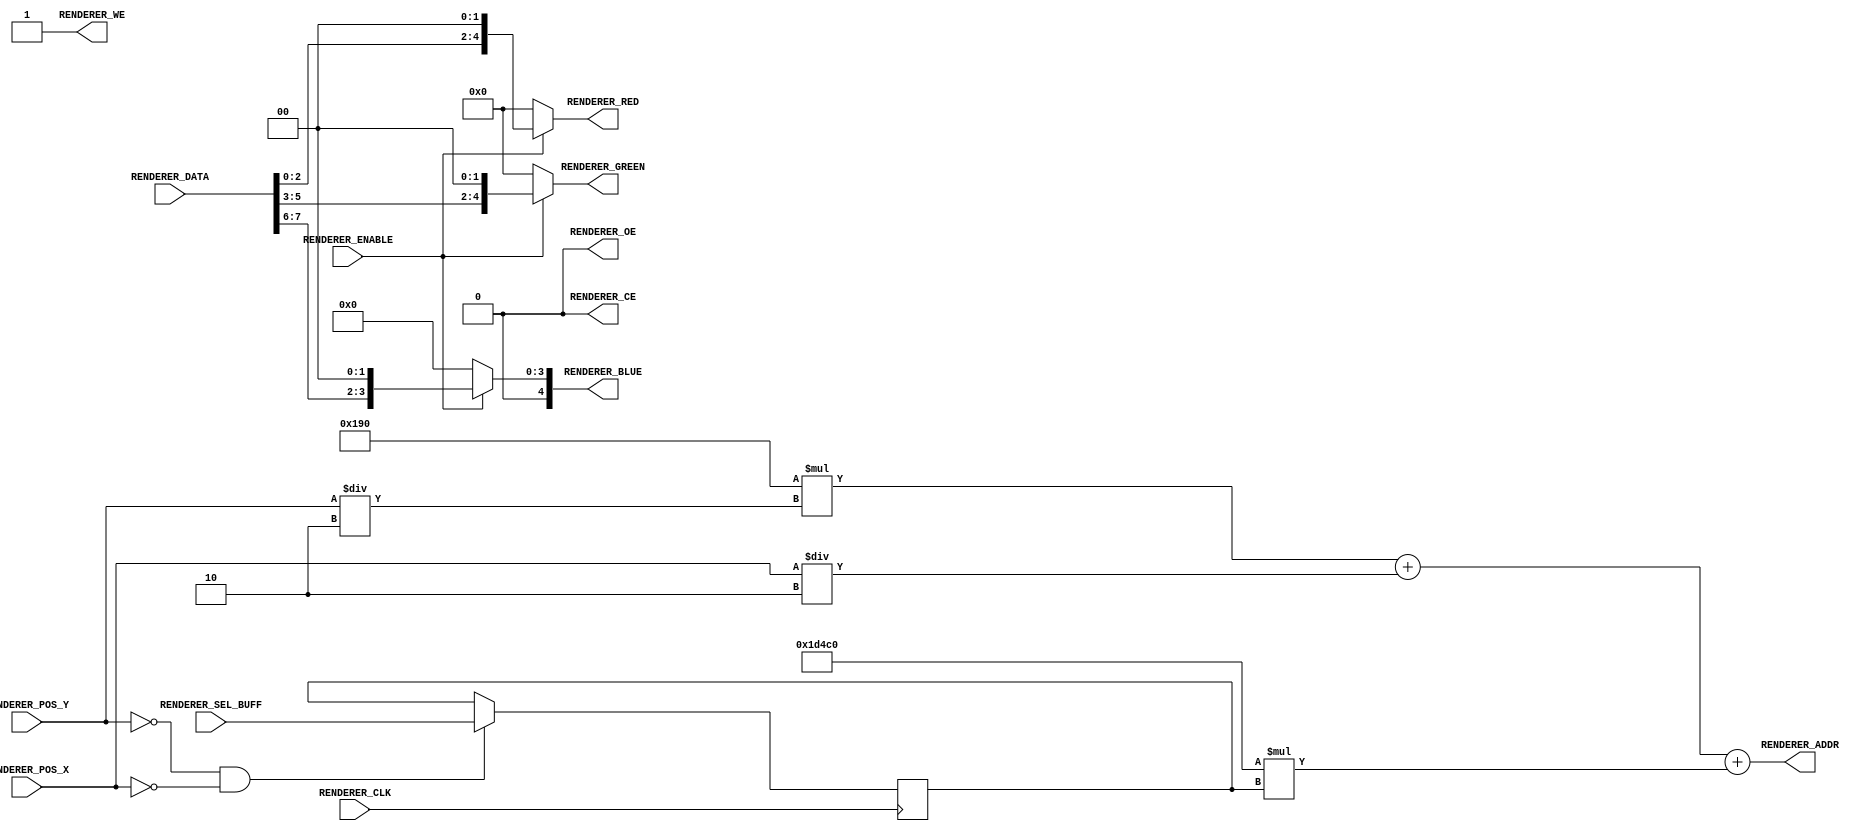
module VgaRenderer
(
   input              RENDERER_CLK   ,
   input  wire [10:0] RENDERER_POS_X ,
   input  wire  [9:0] RENDERER_POS_Y ,
   input  wire        RENDERER_ENABLE,
	input  wire        RENDERER_SEL_BUFF,
   input  wire [ 7:0] RENDERER_DATA ,
   output wire [18:0] RENDERER_ADDR ,
   output wire        RENDERER_WE   ,
   output wire        RENDERER_OE   ,
   output wire        RENDERER_CE   ,
   output wire [ 4:0] RENDERER_RED   ,
   output wire [ 4:0] RENDERER_GREEN ,
   output wire [ 4:0] RENDERER_BLUE 
);
localparam RENDERER_COLOR_FORMAT_332 = 2'b00;
localparam RENDERER_COLOR_FORMAT_555 = 2'b01;
localparam RENDERER_RESOLUTION_H = 10'd400;
localparam RENDERER_RESOLUTION_V = 10'd300;
localparam RENDERER_PIXEL_WITH   = 10'd2;
assign RENDERER_ADDR = RENDERER_RESOLUTION_H * ( RENDERER_POS_Y / RENDERER_PIXEL_WITH ) 
         + ( RENDERER_POS_X / RENDERER_PIXEL_WITH ) + RENDERER_RESOLUTION_H * RENDERER_RESOLUTION_V * SelectBuffer;
reg SelectBuffer = 0;
always @( posedge RENDERER_CLK )
begin
 	if( RENDERER_POS_Y == 0 && RENDERER_POS_X == 0 )
      SelectBuffer <= RENDERER_SEL_BUFF;
end
function [4:0] GetColorRed( input [2:0] colorFormat, input [7:0] value );
begin
    GetColorRed = value[ 2:0 ] << 2;
end
endfunction
function [4:0] GetColorGreen( input [2:0] colorFormat, input [7:0] value );
begin
    GetColorGreen = value[ 5:3 ] << 2;
end
endfunction
function [4:0] GetColorBlue( input [2:0] colorFormat, input [7:0] value );
begin
    GetColorBlue = value[ 7:6 ] << 2;
end
endfunction
assign RENDERER_RED   = ( RENDERER_ENABLE ) ? GetColorRed  ( RENDERER_COLOR_FORMAT_332, RENDERER_DATA ) : 5'b00000;
assign RENDERER_GREEN = ( RENDERER_ENABLE ) ? GetColorGreen( RENDERER_COLOR_FORMAT_332, RENDERER_DATA ) : 5'b00000;
assign RENDERER_BLUE  = ( RENDERER_ENABLE ) ? GetColorBlue ( RENDERER_COLOR_FORMAT_332, RENDERER_DATA ) : 5'b00000;
assign RENDERER_CE    = 1'b0;
assign RENDERER_WE    = 1'b1;
assign RENDERER_OE    = 1'b0;
endmodule